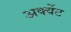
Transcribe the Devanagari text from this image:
अर्क्वेट